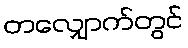
တလျှောက်တွင်